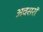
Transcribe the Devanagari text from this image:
अवसरॉ